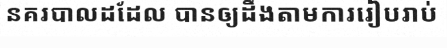
នគរបាលដដែល បានឲ្យដឹងតាមការរៀបរាប់